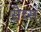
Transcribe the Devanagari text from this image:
सैच्‍स